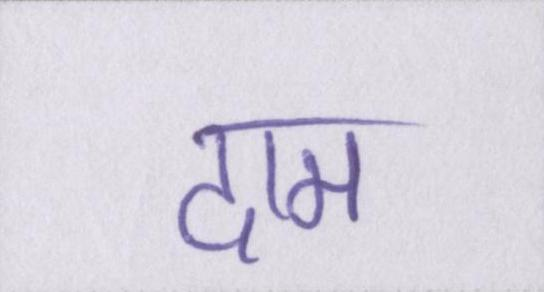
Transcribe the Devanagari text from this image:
दाम